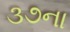
૩૭ના